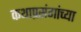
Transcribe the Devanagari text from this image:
कथाप्रसंगांच्या